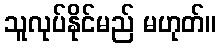
သူလုပ်နိုင်မည် မဟုတ်။